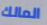
المالك